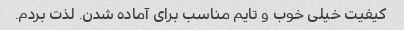
کیفیت خیلی خوب و تایم مناسب برای آماده شدن. لذت بردم.